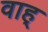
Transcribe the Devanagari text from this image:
वाह्‌